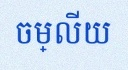
ចម្លើយ